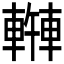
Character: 𫏿